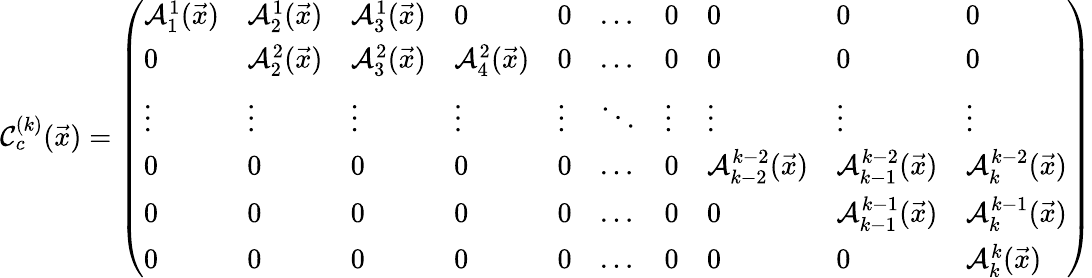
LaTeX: \mathcal C_{c}^{(k)}(\vec{x})=\left(\begin{array}{llllllllll}{\mathcal A_{1}^{1}(\vec{x})}&{\mathcal A_{2}^{1}(\vec{x})}&{\mathcal A_{3}^{1}(\vec{x})}&{0}&{0}&{\ldots}&{0}&{0}&{0}&{0}\\ {0}&{\mathcal A_{2}^{2}(\vec{x})}&{\mathcal A_{3}^{2}(\vec{x})}&{\mathcal A_{4}^{2}(\vec{x})}&{0}&{\ldots}&{0}&{0}&{0}&{0}\\ {\vdots}&{\vdots}&{\vdots}&{\vdots}&{\vdots}&{\ddots}&{\vdots}&{\vdots}&{\vdots}&{\vdots}\\ {0}&{0}&{0}&{0}&{0}&{\ldots}&{0}&{\mathcal A_{k-2}^{k-2}(\vec{x})}&{\mathcal A_{k-1}^{k-2}(\vec{x})}&{\mathcal A_{k}^{k-2}(\vec{x})}\\ {0}&{0}&{0}&{0}&{0}&{\ldots}&{0}&{0}&{\mathcal A_{k-1}^{k-1}(\vec{x})}&{\mathcal A_{k}^{k-1}(\vec{x})}\\ {0}&{0}&{0}&{0}&{0}&{\ldots}&{0}&{0}&{0}&{\mathcal A_{k}^{k}(\vec{x})}\end{array}\right)